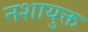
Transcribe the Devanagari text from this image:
नशायुक्त